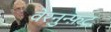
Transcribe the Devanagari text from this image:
वेरनुन्फ़ट